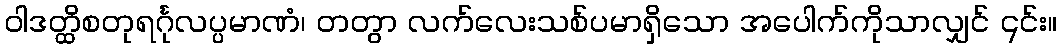
ဝါဒတ္ထိစတုရင်္ဂုလပ္ပမာဏံ၊ တတွာ လက်လေးသစ်ပမာရှိသော အပေါက်ကိုသာလျှင် ၎င်း။